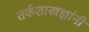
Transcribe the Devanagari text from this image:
तर्कशास्त्रज्ञांनी